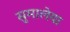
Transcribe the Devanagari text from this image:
सुमालेया